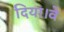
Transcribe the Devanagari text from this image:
दिया।वे